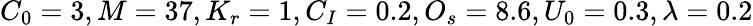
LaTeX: C_{0}=3,M=37,K_{r}=1,C_{I}=0.2,O_{s}=8.6,U_{0}=0.3,\lambda=0.2